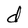
Character: d